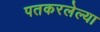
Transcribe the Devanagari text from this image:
पतकरलेल्या